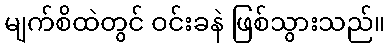
မျက်စိထဲတွင် ဝင်းခနဲ ဖြစ်သွားသည်။